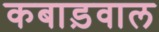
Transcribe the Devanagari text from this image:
कबाड़वाल